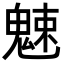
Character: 𩳒